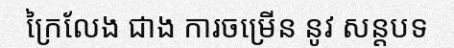
ក្រៃលែង ជាង ការចម្រើន នូវ សន្តបទ